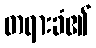
တရားခံ၏